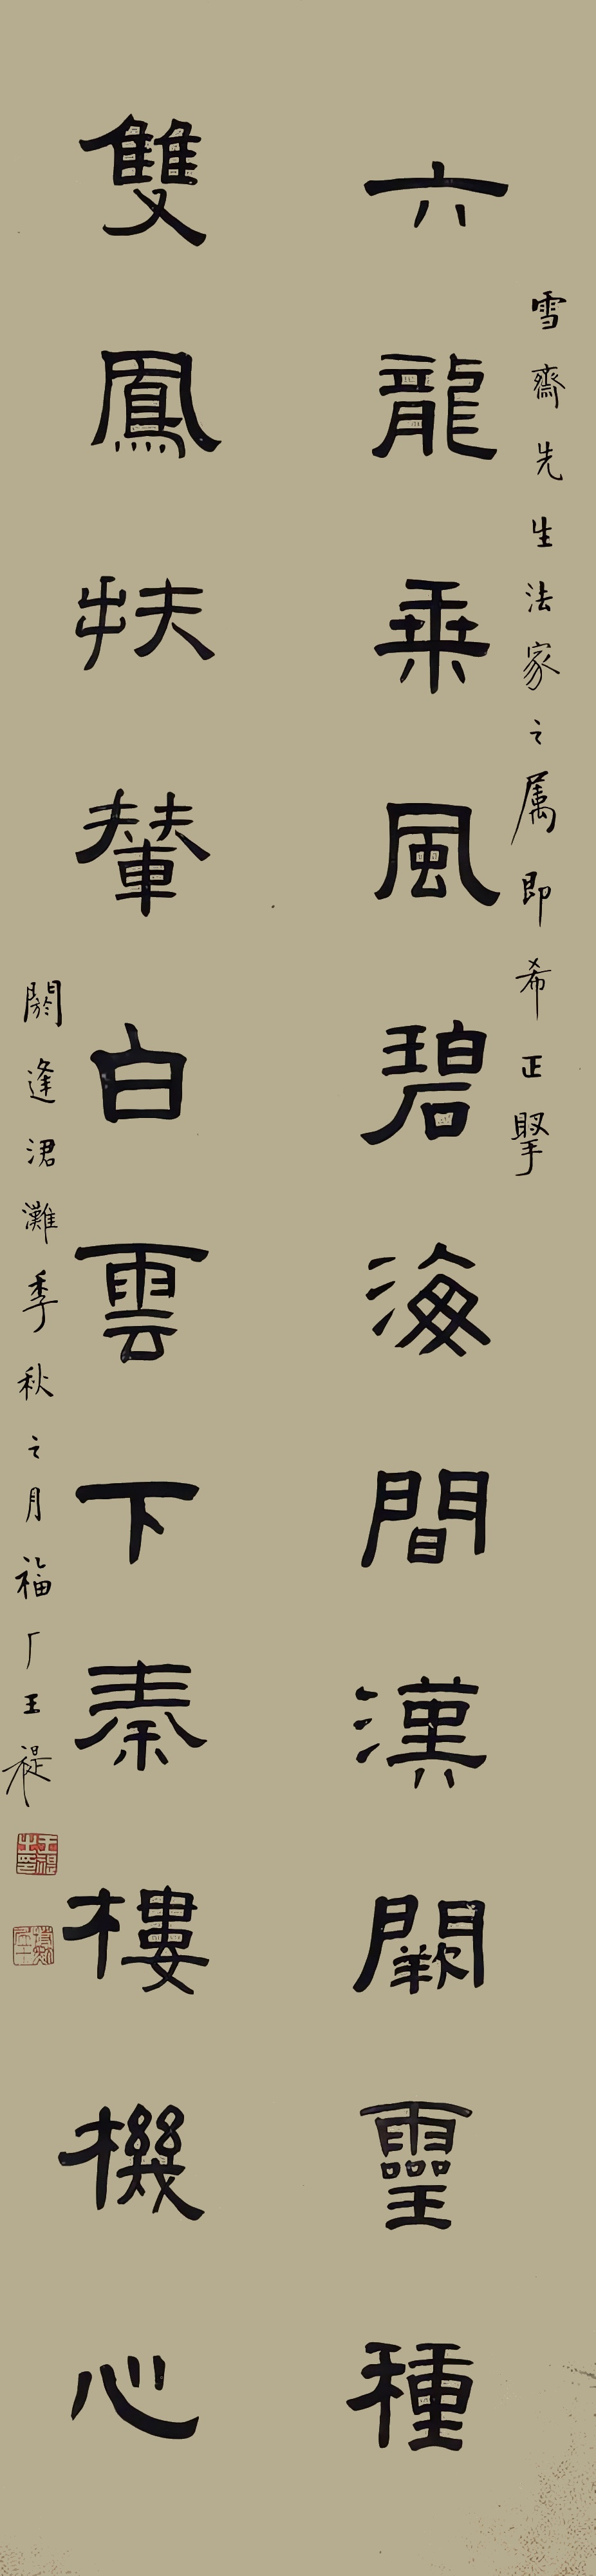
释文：六龙乘风碧海间，汉阙灵种；双凤扶辇白云下，秦楼机心。雪斋先生法家之属即希正腕，阏逢涒滩季秋之月，福厂王禔。